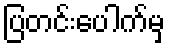
ပြတင်းပေါက်မှ